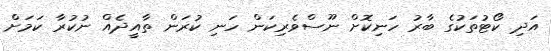
އަދި ކޯޓުތަކުގެ ބާރު ހަނިކޮށް ނޫސްވެރިކަން ހަނި ކުރަން ތާއީދެއް ނުކުރާ ކަަމަށް